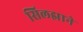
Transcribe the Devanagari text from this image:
सिलझाने